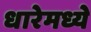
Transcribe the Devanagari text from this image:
धारेमध्ये